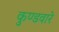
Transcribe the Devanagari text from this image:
कुण्डवारे